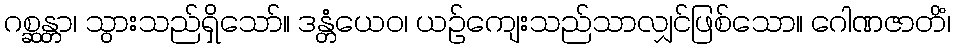
ဂစ္ဆန္တာ၊ သွားသည်ရှိသော်။ ဒန္တံယေဝ၊ ယဉ်ကျေးသည်သာလျှင်ဖြစ်သော။ ဂေါဏဇာတိံ၊